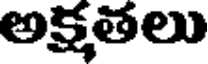
అక్షతలు